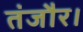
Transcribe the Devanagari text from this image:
तंजौर।